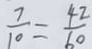
\frac { 7 } { 1 0 } = \frac { 4 2 } { 6 0 }